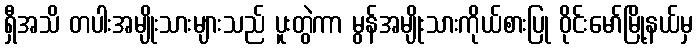
ရှီအသိ တပါးအမျိုးသားများသည် ပူးတွဲကာ မွန်အမျိုးသားကိုယ်စားပြု ဝိုင်းမော်မြို့နယ်မှ